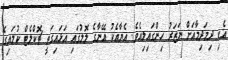
އެކި ދިމަދިމާއަށް ނަޒަރު ހިންގައިލިއެވެ. އެޔާއެކު އޭނާގެ ލޮލުގައި އަޅައިގަތީ ޗޮކްލެޓް ކުލައިގެ